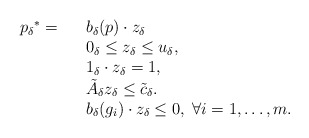
\begin{align*}\begin{array}{lll}{p_\delta}^*=&& b_{\delta}(p) \cdot z_{\delta} \\& &0_\delta \le z_{\delta}\le u_{\delta}, \\&&1_\delta \cdot z_{\delta}=1 ,\\&& \tilde{A}_\delta z_{\delta} \le \tilde{c}_\delta.\\&& b_{\delta}(g_i) \cdot z_{\delta}\le 0, \; \forall i=1,\dots,m.\end{array}\end{align*}